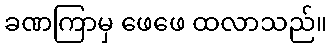
ခဏကြာမှ ဖေဖေ ထလာသည်။